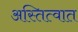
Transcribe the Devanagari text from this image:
अस्तित्‍वात